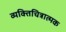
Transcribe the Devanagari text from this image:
व्यक्तिचित्रात्मक